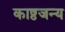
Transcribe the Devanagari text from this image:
काष्ठजन्य